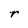
Character: r